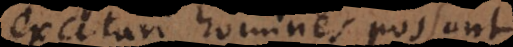
excitari homines possunt.